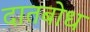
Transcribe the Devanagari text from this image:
दातबोध